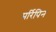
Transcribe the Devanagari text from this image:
मर्रिपिन